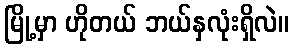
မြို့မှာ ဟိုတယ် ဘယ်နှလုံးရှိလဲ။